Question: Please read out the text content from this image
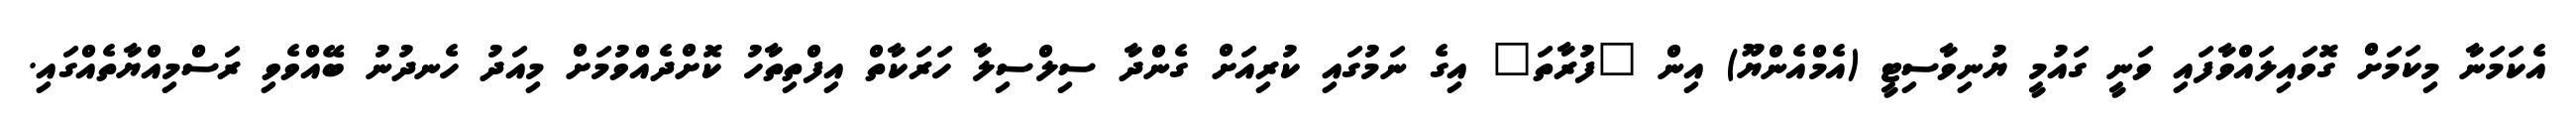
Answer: އެކަމަނާ މިކަމަށް ގޮވައިލައްވާފައި ވަނީ ގައުމީ ޔުނިވާސިޓީ (އެމްއެންޔޫ) އިން "ފުރާތަ" އިގެ ނަމުގައި ކުރިއަށް ގެންދާ ސިލްސިލާ ހަރަކާތް އިފްތިތާހު ކޮށްދެއްވުމަށް މިއަދު ހެނދުނު ބޭއްވެވި ރަސްމިއްޔާތެއްގައި.